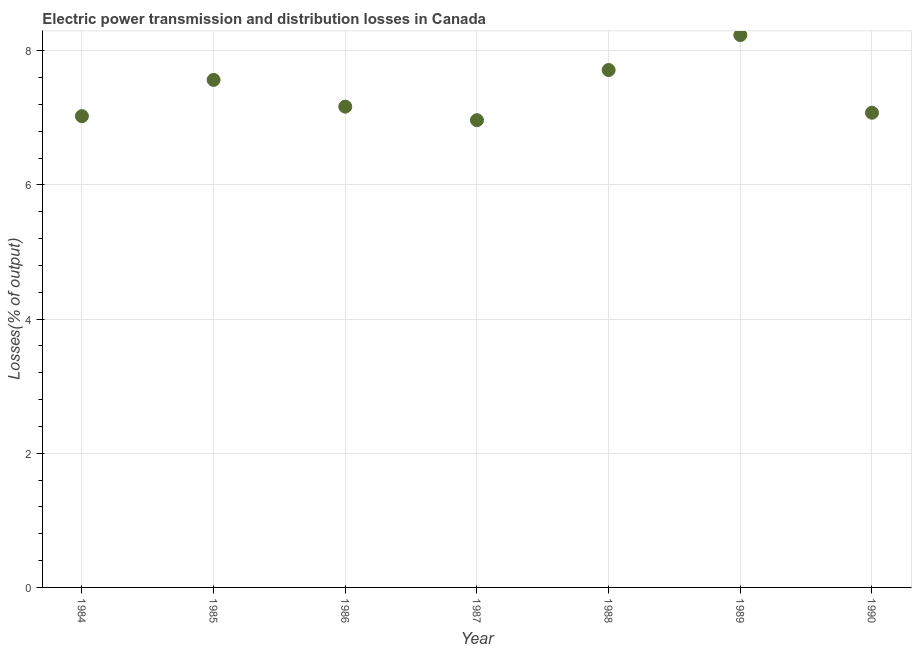
| Year | Electric power transmission and distribution losses |
 | --- | --- |
 | 1984 | 7.02 |
 | 1985 | 7.57 |
 | 1986 | 7.17 |
 | 1987 | 6.96 |
 | 1988 | 7.71 |
 | 1989 | 8.23 |
 | 1990 | 7.08 |